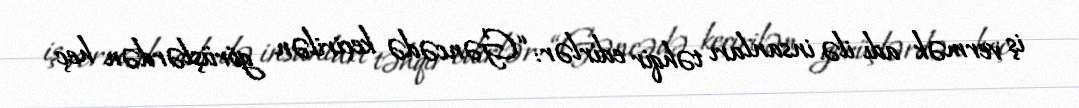
iş vermək adı ilə insanları təhqir edirlər: “Gəncədə keçirilən görüşlərdən heç